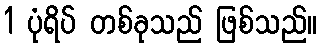
1 ပုံရိပ် တစ်ခုသည် ဖြစ်သည်။